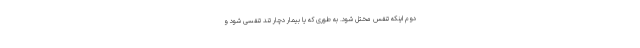
دوم اینکه تنفس مختل شود. به طوری که یا بیمار دچار تند تنفسی شود و